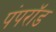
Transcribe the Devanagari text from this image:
पंपरॉड